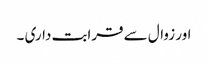
اور زوال سے قرابت داری ۔